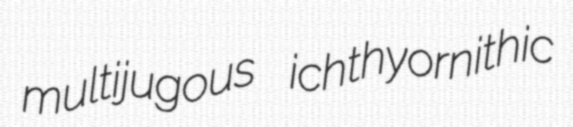
multijugous ichthyornithic